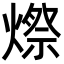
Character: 𪹥